Insane asylums in Bengal annual reports 1876-1887 - 1876-1887
Year: 1876
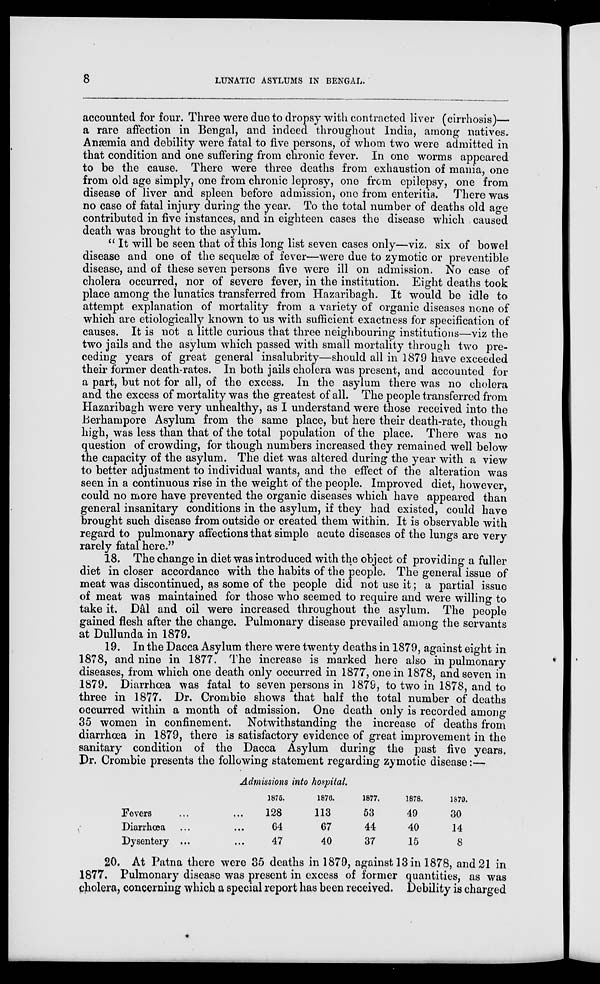
8
LUNATIC ASYLUMS IN BENGAL.
accounted for four. Three were due to dropsy with contracted liver (cirrhosis)—
a rare affection in Bengal, and indeed throughout India, among natives.
Anæmia and debility were fatal to five persons, of whom two were admitted in
that condition and one suffering from chronic fever. In one worms appeared
to be the cause. There were three deaths from exhaustion of mania, one
from old age simply, one from chronic leprosy, one from epilepsy, one from
disease of liver and spleen before admission, one from enteritis. There was
no case of fatal injury during the year. To the total number of deaths old age
contributed in five instances, and in eighteen cases the disease which caused
death was brought to the asylum.
" It will be seen that of this long list seven cases only—viz. six of bowel
disease and one of the sequelæ of fever—were due to zymotic or preventible
disease, and of these seven persons five were ill on admission. No case of
cholera occurred, nor of severe fever, in the institution. Eight deaths took
place among the lunatics transferred from Hazaribagh. It would be idle to
attempt explanation of mortality from a variety of organic diseases none of
which are etiologically known to us with sufficient exactness for specification of
causes. It is not a little curious that three neighbouring institutions—viz the
two jails and the asylum which passed with small mortality through two pre-
ceding years of great general insalubrity—should all in 1879 have exceeded
their former death-rates. In both jails cholera was present, and accounted for
a part, but not for all, of the excess. In the asylum there was no cholera
and the excess of mortality was the greatest of all. The people transferred from
Hazaribagh were very unhealthy, as I understand were those received into the
Berhampore Asylum from the same place, but here their death-rate, though
high, was less than that of the total population of the place. There was no
question of crowding, for though numbers increased they remained well below
the capacity of the asylum. The diet was altered during the year with a view
to better adjustment to individual wants, and the effect of the alteration was
seen in a continuous rise in the weight of the people. Improved diet, however,
could no more have prevented the organic diseases which have appeared than
general insanitary conditions in the asylum, if they had existed, could have
brought such disease from outside or created them within. It is observable with
regard to pulmonary affections that simple acute diseases of the lungs are very
rarely fatal here."
18. The change in diet was introduced with the object of providing a fuller
diet in closer accordance with the habits of the people. The general issue of
meat was discontinued, as some of the people did not use it ; a partial issue
of meat was maintained for those who seemed to require and were willing to
take it. Dâl and oil were increased throughout the asylum. The people
gained flesh after the change. Pulmonary disease prevailed among the servants
at Dullunda in 1879.
19. In the Dacca Asylum there were twenty deaths in 1879, against eight in
1878, and nine in 1877. The increase is marked here also in pulmonary
diseases, from which one death only occurred in 1877, one in 1878, and seven in
1879. Diarrhœa was fatal to seven persons in 1879, to two in 1878, and to
three in 1877. Dr. Crombie shows that half the total number of deaths
occurred within a month of admission. One death only is recorded among
35 women in confinement. Notwithstanding the increase of deaths from
diarrhœa in 1879, there is satisfactory evidence of great improvement in the
sanitary condition of the Dacca Asylum during the past five years.
Dr. Crombie presents the following statement regarding zymotic disease :—
Admissions into hospital.
Fevers ... ...
Diarrhœa ... ...
Dysentery ... ...
1875.
128
64
47
1876.
113
67
40
1877.
53
44
37
1878.
49
40
15
1879.
30
14
8
20. At Patna there were 35 deaths in 1879, against 13 in 1878, and 21 in
1877. Pulmonary disease was present in excess of former quantities, as was
cholera, concerning which a special report has been received. Debility is charged